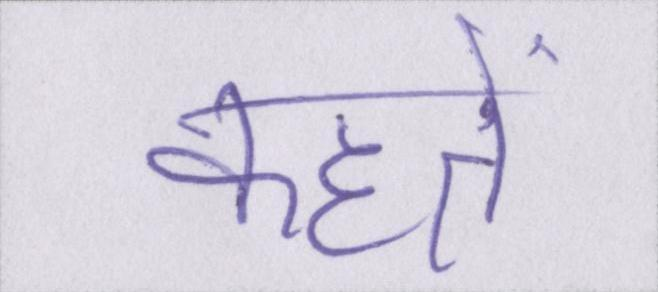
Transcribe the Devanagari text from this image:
कहतें